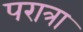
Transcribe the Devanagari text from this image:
परात्रा